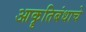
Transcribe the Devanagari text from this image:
आकॄतिबंधाचे